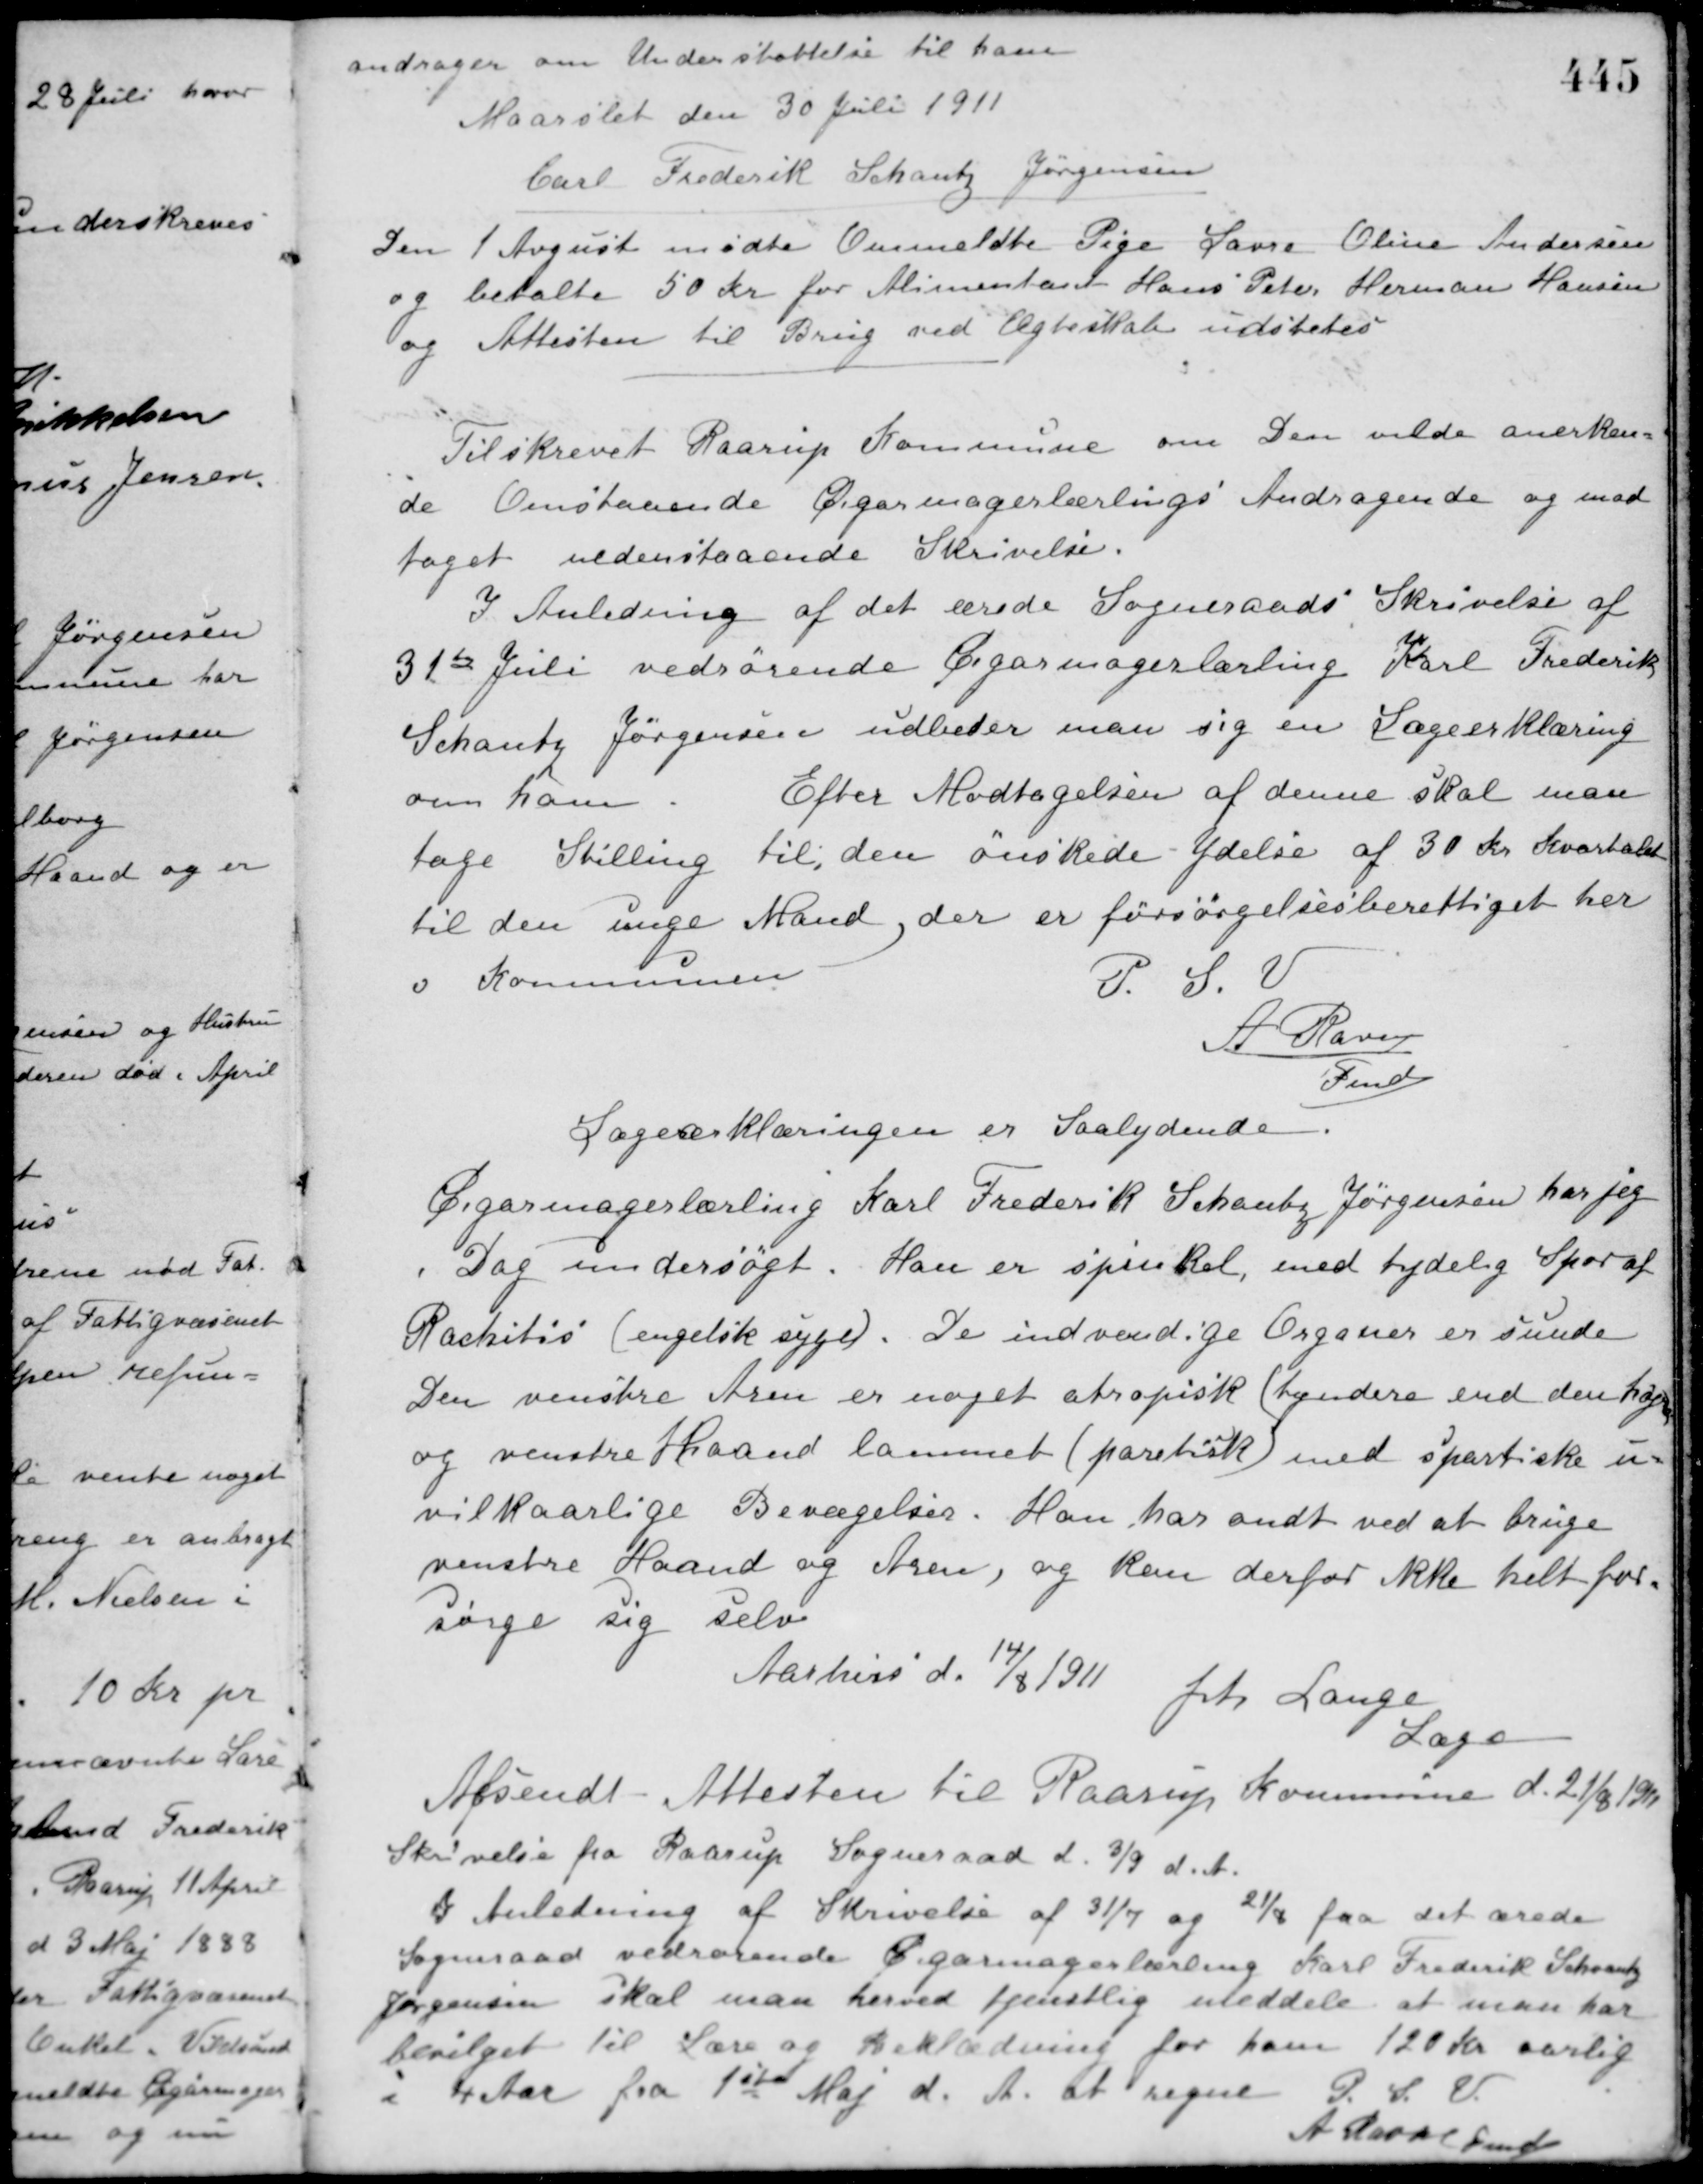
Transskription:
andrager om Understøttelse til ham.
Maarslet den 30 Juli 1911
Carl Frederik Schantz Jørgensen
Den 1 August mødte Ommeldte Pige Laura Oline Andersen
og betalte 50 Kr. for Alimentant Hans Peter Herman Hansen
og Attesten til Brug ved Ægteskab udstedes.
Tilskrevet Raarup Kommune om den vilde anerken-
de Omstaaende Cigarmagerlærlings Andragende og mod-
taget nedenstaaende Skrivelse.
I Anledning af det ærede Sogneraads Skrivelse af
31te Juli vedrørende Cigarmagerlærling Karl Frederik
Schantz Jørgensen udbeder man sig en Lægeerklæring
om ham.
Efter Modtagelsen af denne skal man
tage Stilling til den ønskede Ydelse af 30 Kr. Kvartalet
til den unge Mand, der er forsørgelsesberettiget her
i Kommunen
P. S. V.
A Ravn
Fmd.
Lægeerklæringen er saalydende.
Cigarmagerlærling Karl Frederik Schantz Jørgensen har jeg
i Dag undersøgt. Han er spinkel, med tydelig Spor af
Rackitis (engelsk syge). De indvendige Organer er sunde
Den venstre Arm er noget atropisk (tyndere end den højre)
og venstre Haand lammet (paretisk) med spastiske u-
vilkaarlige Bevægelser. Han har ondt ved at bruge
venstre Haand og Arm, og kan derfor ikke helt for-
sørge sig selv.
Aarhus d. 14/8 1911
Johs. Lange
Læge
Afsendt Attesten til Raarup Kommune d. 21/8 1911.
Skrivelse fra Raarup Sogneraad d. 3/9 d. A.
I Anledning af Skrivelse af 31/7 og 21/8 fra det ærede
Sogneraad vedrørende Cigarmagerlærling Karl Frederik Schantz
Jørgensen skal man herved tjenstlig meddele, at man har
bevilget til Lære og Beklædning for ham 120 Kr. aarlig
i 4 Aar fra 1ste Maj d. A. at regne P. S. V.
A. Ravn Fmd.